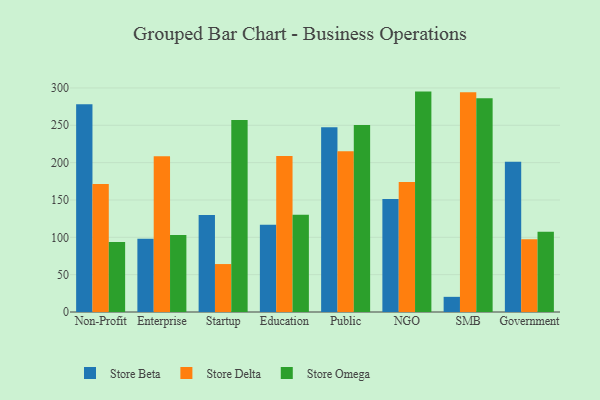
{"axis": {"x": "Segment", "y": "Waste Production (Tons)"}, "legend": ["Store Beta", "Store Delta", "Store Omega"], "data": [{"x": "Non-Profit", "y": 278.1, "type": "Store Beta"}, {"x": "Non-Profit", "y": 171.4, "type": "Store Delta"}, {"x": "Non-Profit", "y": 93.7, "type": "Store Omega"}, {"x": "Enterprise", "y": 98.1, "type": "Store Beta"}, {"x": "Enterprise", "y": 208.6, "type": "Store Delta"}, {"x": "Enterprise", "y": 103.0, "type": "Store Omega"}, {"x": "Startup", "y": 130.0, "type": "Store Beta"}, {"x": "Startup", "y": 64.2, "type": "Store Delta"}, {"x": "Startup", "y": 257.0, "type": "Store Omega"}, {"x": "Education", "y": 116.8, "type": "Store Beta"}, {"x": "Education", "y": 208.9, "type": "Store Delta"}, {"x": "Education", "y": 130.3, "type": "Store Omega"}, {"x": "Public", "y": 247.4, "type": "Store Beta"}, {"x": "Public", "y": 215.1, "type": "Store Delta"}, {"x": "Public", "y": 250.5, "type": "Store Omega"}, {"x": "NGO", "y": 151.2, "type": "Store Beta"}, {"x": "NGO", "y": 174.0, "type": "Store Delta"}, {"x": "NGO", "y": 295.1, "type": "Store Omega"}, {"x": "SMB", "y": 20.3, "type": "Store Beta"}, {"x": "SMB", "y": 294.1, "type": "Store Delta"}, {"x": "SMB", "y": 286.2, "type": "Store Omega"}, {"x": "Government", "y": 201.3, "type": "Store Beta"}, {"x": "Government", "y": 97.3, "type": "Store Delta"}, {"x": "Government", "y": 107.4, "type": "Store Omega"}]}